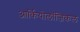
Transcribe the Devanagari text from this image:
आर्कियोलॉजिकल